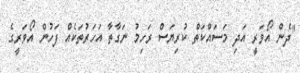
"ދެން އޯވަރީ އަދި މަސައްކަތް ކުރިޔަސް ރަހިމު ނަގާތާ އަހަރުތަކެއް ފަހުން އޯވަރީގެ